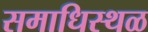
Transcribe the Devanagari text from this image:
समाधिस्‍थळ